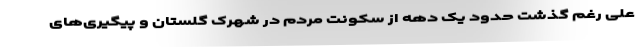
علی رغم گذشت حدود یک دهه از سکونت مردم در شهرک گلستان و پیگیری‌های